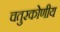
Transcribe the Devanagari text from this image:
चतुरकोणीय